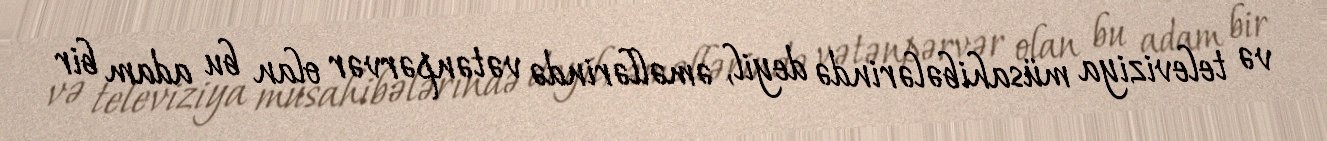
və televiziya müsahibələrində deyil, əməllərində vətənpərvər olan bu adam bir